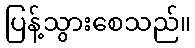
ပြန့်သွားစေသည်။